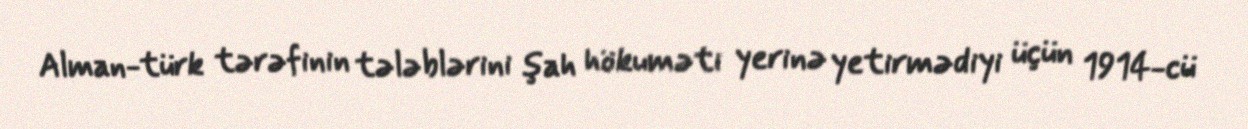
Alman-türk tərəfinin tələblərini şah hökuməti yerinə yetirmədiyi üçün 1914-cü